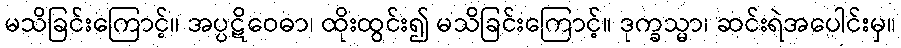
မသိခြင်းကြောင့်။ အပ္ပဋိဝေဓာ၊ ထိုးထွင်း၍ မသိခြင်းကြောင့်။ ဒုက္ခသ္မာ၊ ဆင်းရဲအပေါင်းမှ။